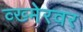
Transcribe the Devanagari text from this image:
व्ख्मेरवर